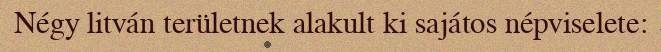
Négy litván területnek alakult ki sajátos népviselete: